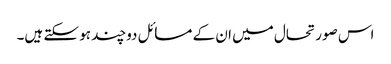
اس صورتحال میں ان کے مسائل دوچند ہو سکتے ہیں۔